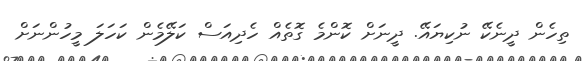
ތިހެން ދީނެކޭ ނުކިޔައޭ. ދީނަށް ކޮންމެ ގޮތެއް ހެދިއަސް ކަލޭމެން ކަހަލަ މީހުންނަށް